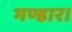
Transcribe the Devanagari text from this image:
भण्डार।